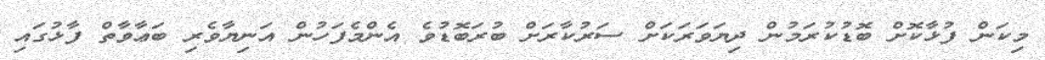
މިކަން ފުޅާކޮށް ބޮޑުކުރަމުން ދިޔަވަރަކަށް ސަރުކާރަށް ބުރަބޮޑުވެ އެންމެފަހުން އަނިޔާވެރި ބަޢާވާތް ފާޅުގައި